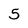
Character: 5